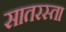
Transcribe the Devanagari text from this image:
सातरस्ता